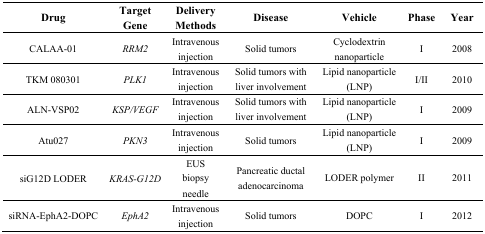
<table><thead><tr><td><b>Drug</b></td><td><b>Target Gene</b></td><td><b>Delivery Methods</b></td><td><b>Disease</b></td><td><b>Vehicle</b></td><td><b>Phase</b></td><td><b>Year</b></td></tr></thead><tbody><tr><td>CALAA-01</td><td><i>RRM2</i></td><td>Intravenous injection</td><td>Solid tumors</td><td>Cyclodextrin nanoparticle</td><td>I</td><td>2008</td></tr><tr><td>TKM 080301</td><td><i>PLK1</i></td><td>Intravenous injection</td><td>Solid tumors with liver involvement</td><td>Lipid nanoparticle (LNP)</td><td>I/II</td><td>2010</td></tr><tr><td>ALN-VSP02</td><td><i>KSP/VEGF</i></td><td>Intravenous injection</td><td>Solid tumors with liver involvement</td><td>Lipid nanoparticle (LNP)</td><td>I</td><td>2009</td></tr><tr><td>Atu027</td><td><i>PKN3</i></td><td>Intravenous injection</td><td>Solid tumors</td><td>Lipid nanoparticle (LNP)</td><td>I</td><td>2009</td></tr><tr><td>siG12D LODER</td><td><i>KRAS-G12D</i></td><td>EUS biopsy needle</td><td>Pancreatic ductal adenocarcinoma</td><td>LODER polymer</td><td>II</td><td>2011</td></tr><tr><td>siRNA-EphA2-DOPC</td><td><i>EphA2</i></td><td>Intravenous injection</td><td>Solid tumors</td><td>DOPC</td><td>I</td><td>2012</td></tr></tbody></table>